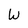
Character: W